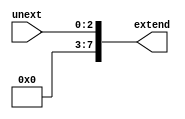
`timescale 1ns / 1ps
//////////////////////////////////////////////////////////////////////////////////
// Company: 
// Engineer: 
// 
// Design Name: 
// Module Name: SignExtend
// Project Name: 
// Target Devices: 
// Tool Versions: 
// Description: 
// 
// Dependencies: 
// 
// Revision:
// Revision 0.01 - File Created
// Additional Comments:
// 
//////////////////////////////////////////////////////////////////////////////////


module SignExtend(
    input [2:0] unext,
    //input clk,
    output reg [7:0] extend
    );
    
    always@(unext)
        begin
            extend <= {5'b00000,unext};
        end 
endmodule